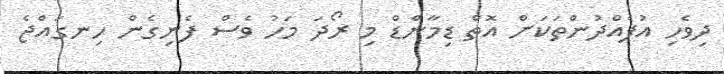
ދިވެހި އުފެއްދުންތަކަށް އޮތް ޑިމާންްޑް މި ރޯދަ މަހު ވެސް ފެނިގެން ހިނގައްޖެ